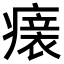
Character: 𤺀